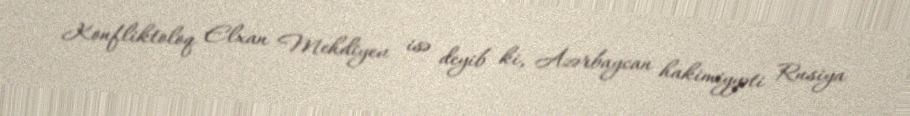
Konfliktoloq Elxan Mehdiyev isə deyib ki, Azərbaycan hakimiyyəti Rusiya